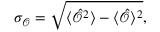
\sigma _ { \mathcal { O } } = { \sqrt { \langle { \hat { \mathcal { O } } } ^ { 2 } \rangle - \langle { \hat { \mathcal { O } } } \rangle ^ { 2 } } } ,